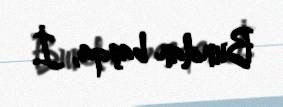
Bundan başqa, İ.